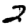
Digit: 2